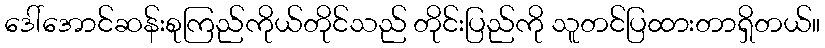
ဒေါ်အောင်ဆန်းစုကြည်ကိုယ်တိုင်သည် တိုင်းပြည်ကို သူတင်ပြထားတာရှိတယ်။